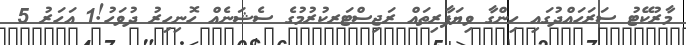
މާރުކޭޓު ސަރަހައްދުގައި ހިންގާ ވިޔަފާރިތައް ރަޖިސްޓަރކުރުމުގެ ސެޝަނެއް ހޮނިހިރު ދުވަހު!1 އަހަރު 5